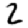
Digit: 2